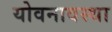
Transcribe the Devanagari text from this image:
योवनावस्था